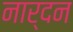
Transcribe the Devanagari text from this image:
नार्दन